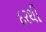
દરથી